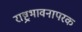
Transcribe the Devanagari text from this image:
राष्ट्रभावनापरक